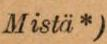
Mistä*)